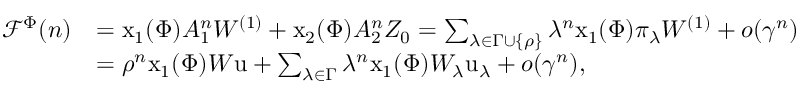
\begin{array} { r l } { \mathcal { F } ^ { \Phi } ( n ) } & { = \mathrm { x } _ { 1 } ( \Phi ) A _ { 1 } ^ { n } W ^ { ( 1 ) } + \mathrm { x } _ { 2 } ( \Phi ) A _ { 2 } ^ { n } Z _ { 0 } = \sum _ { \lambda \in \Gamma \cup \{ \rho \} } \lambda ^ { n } \mathrm { x } _ { 1 } ( \Phi ) \pi _ { \lambda } W ^ { ( 1 ) } + o ( \gamma ^ { n } ) } \\ & { = \rho ^ { n } \mathrm { x } _ { 1 } ( \Phi ) W \mathrm u + \sum _ { \lambda \in \Gamma } \lambda ^ { n } \mathrm { x } _ { 1 } ( \Phi ) W _ { \lambda } \mathrm u _ { \lambda } + o ( \gamma ^ { n } ) , } \end{array}